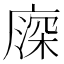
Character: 𢊖